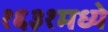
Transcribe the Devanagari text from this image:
१६३१मध्ये